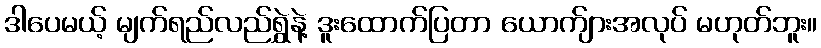
ဒါပေမယ့် မျက်ရည်လည်ရွှဲနဲ့ ဒူးထောက်ပြတာ ယောက်ျားအလုပ် မဟုတ်ဘူး။